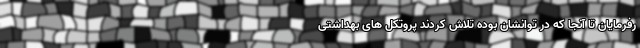
رفرمایان تا آنجا که در توانشان بوده تلاش کردند پروتکل های بهداشتی